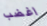
اغضب